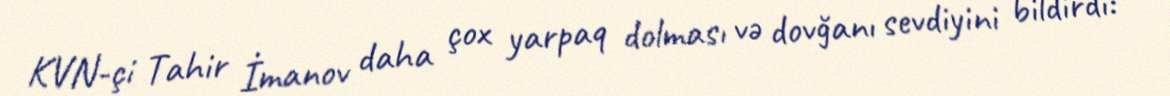
KVN-çi Tahir İmanov daha çox yarpaq dolması və dovğanı sevdiyini bildirdi: